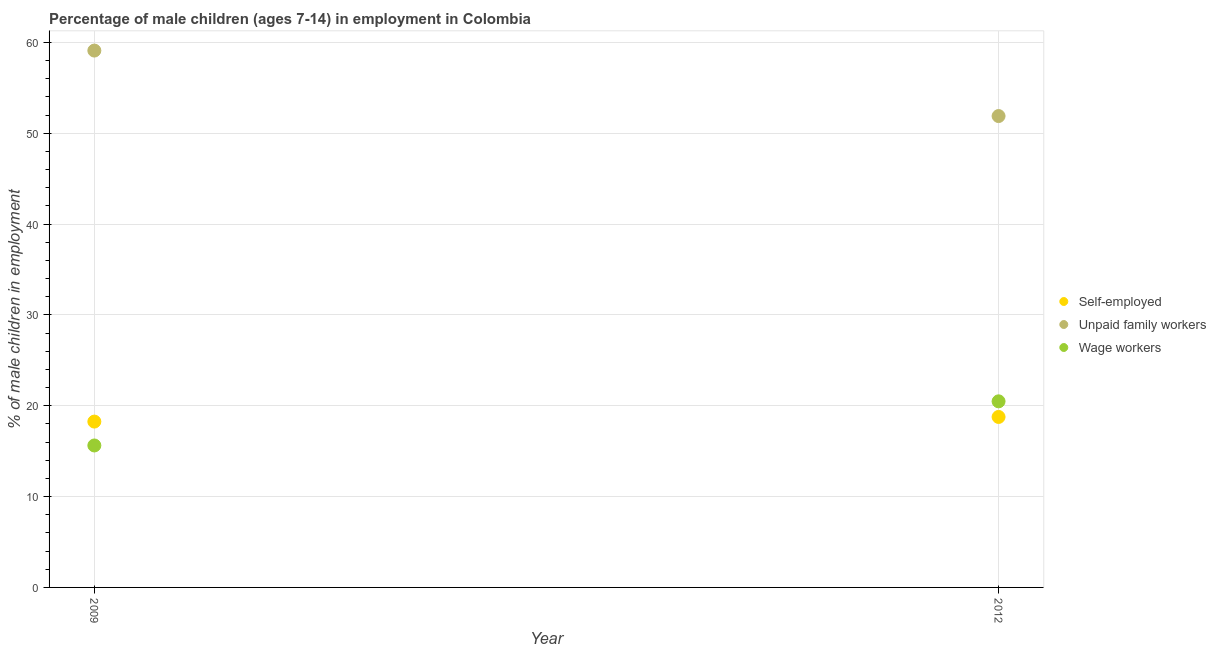
| Year | Self-employed | Unpaid family workers | Wage workers |
 | --- | --- | --- | --- |
 | 2009 | 18.3 | 59.1 | 15.6 |
 | 2012 | 18.8 | 51.9 | 20.5 |